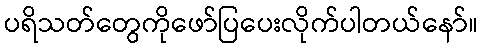
ပရိသတ်တွေကိုဖော်ပြပေးလိုက်ပါတယ်နော်။